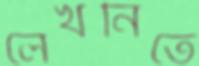
লেখনিতে